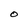
Character: O